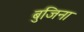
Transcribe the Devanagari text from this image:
बुजिना